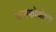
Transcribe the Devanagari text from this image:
जनकोजीच्या